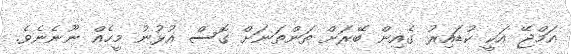
އަމްޖޭ އަކީ ކުޑައިރު ގެއިން ބޭރަށް ތަންތަނަށް ގޮސް އުޅުނު މީހެއް ނޫނެނެވެ.